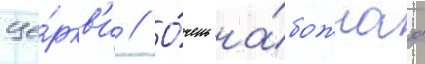
це́ркв'и // О́чень на́божнаа